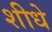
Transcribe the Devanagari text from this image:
शीधे